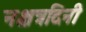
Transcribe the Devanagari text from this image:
नक्षत्रदिनी